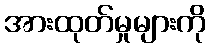
အားထုတ်မှုများကို